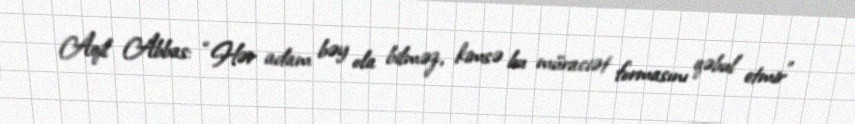
Aqil Abbas: “Hər adam bəy ola bilməz, kimsə bu müraciət formasını qəbul etmir”